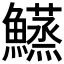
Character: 𬵴